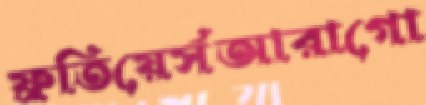
ফ্রতিয়ের্সআরাগো